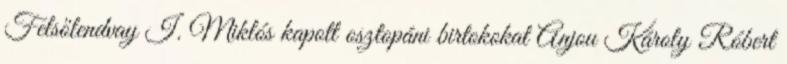
Felsőlendvay I. Miklós kapott osztopáni birtokokat Anjou Károly Róbert